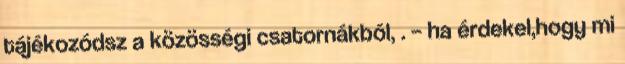
tájékozódsz a közösségi csatornákból, . – ha érdekel,hogy mi